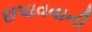
છપાવવાની